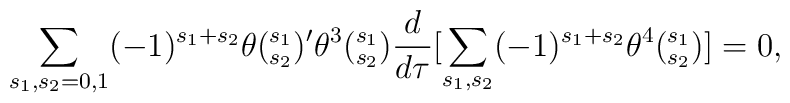
\sum_{{s_1,s_2}={0,1}}(-1)^{s_1 + s_2} \theta(^{s_1}_{s_2})' \theta^3(^{s_1}_{s_2})\frac{d}{d \tau} [\sum_{s_1,s_2}(-1)^{s_1+s_2} \theta^4(^{s_1}_{s_2})] = 0,